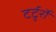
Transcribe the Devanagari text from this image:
टर्टुर्रो